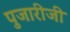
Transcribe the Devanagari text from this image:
पुजारीजी